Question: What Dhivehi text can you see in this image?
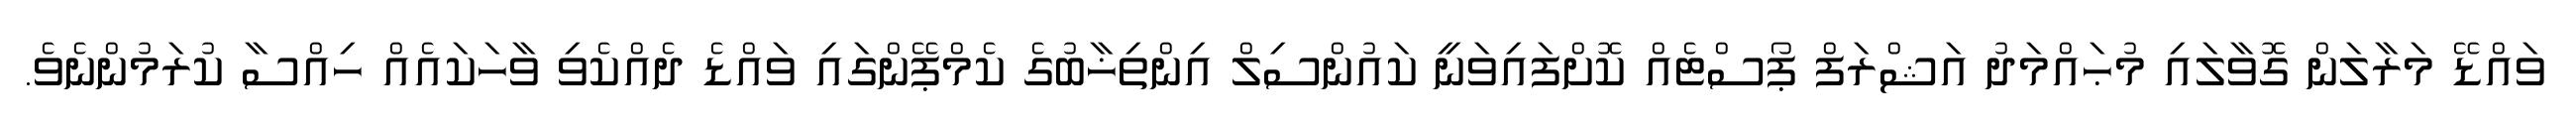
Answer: ވައްޑޭ މަރާލަން ގޮވާލައި މުޙައްމަދު އަޝްރަފް ޕޯސްޓެއް ކޮށްފައިވަނީ ކައުންސިލް އިންތިޚާބުގެ ކެމްޕޭންގައި ވައްޑެ ދެއްކެވި ވާހަކައެއް ހިއްސާ ކުރަމުންނެވެ.